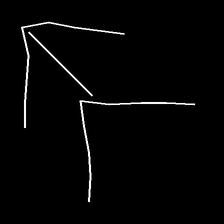
Glyph: gather